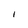
Character: I